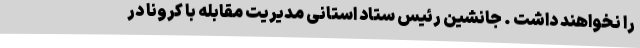
را نخواهند داشت . جانشین رئیس ستاد استانی مدیریت مقابله با کرونا در